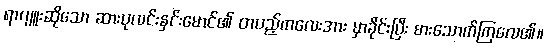
ရာဂျူးဆိုသော ဆားပုလင်းနှင်းမောင်၏ တပည့်ကလေးအား မှာခိုင်းပြီး စားသောက်ကြလေ၏။